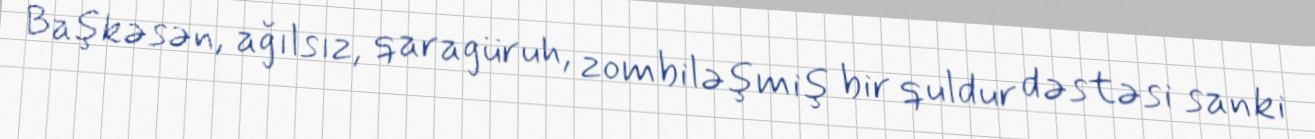
Başkəsən, ağılsız, qaragüruh, zombiləşmiş bir quldur dəstəsi sanki